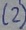
Text: (2)